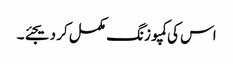
اس کی کمپوزنگ مکمل کر دیجئے۔